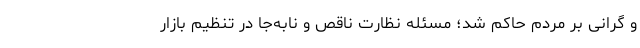
و گرانی بر مردم حاکم شد؛ مسئله نظارت ناقص و نابه‌جا در تنظیم بازار